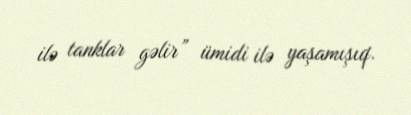
ilə tanklar gəlir” ümidi ilə yaşamışıq.